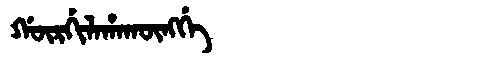
Manchu: ᡤᡡᡵᡤᡳᠯᠠᡥᠠᡴᡡᠩᡤᡝ
Romanization: GŪRGILAHAKŪNGGE